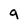
Character: g